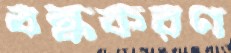
বন্ধকরণ